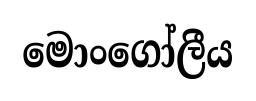
මොංගෝලීය